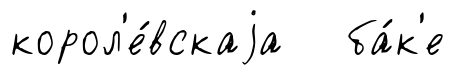
корол'е́вскаjа ба́к'е